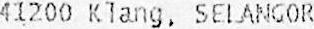
41200 KLANG, SELANGOR